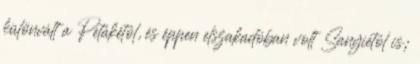
különvált a Petákétól, és éppen elszakadóban volt Sa­nyiétól is;